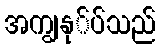
အကျွနု်ပ်သည်